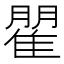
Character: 𮥾